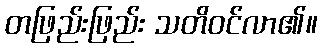
တဖြည်းဖြည်း သတိဝင်လာ၏။